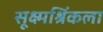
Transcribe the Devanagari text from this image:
सूक्ष्मश्रिंकला